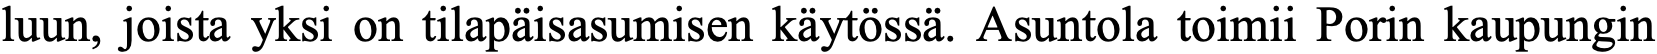
luun, joista yksi on tilapäisasumisen käytössä. Asuntola toimii Porin kaupungin